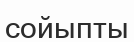
сойыпты